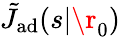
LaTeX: \tilde{J}_{\mathrm{{ad}}}(s|\r_{0})